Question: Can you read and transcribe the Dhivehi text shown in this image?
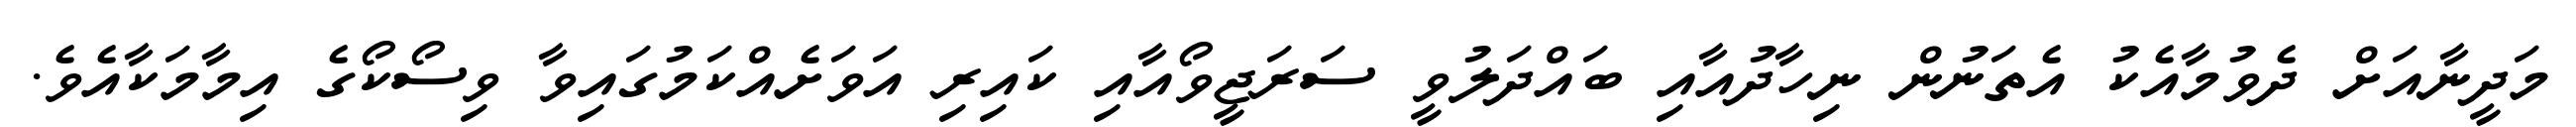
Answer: މަދީނާއަށް ދެވުމާއެކު އެތަނުން ނިހާދުއާއި ބައްދަލުވީ ސަރަޖީވޯއާއި ކައިރި އަވަށެއްކަމުގައިވާ ވިސޯކޯގެ އިމާމަކާއެވެ.